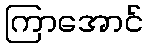
ကြာအောင်